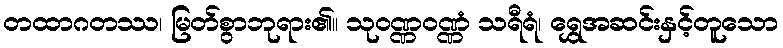
တထာဂတဿ၊ မြတ်စွာဘုရား၏။ သုဝဏ္ဏဝဏ္ဏံ သရီရံ၊ ရွှေအဆင်းနှင့်တူသော